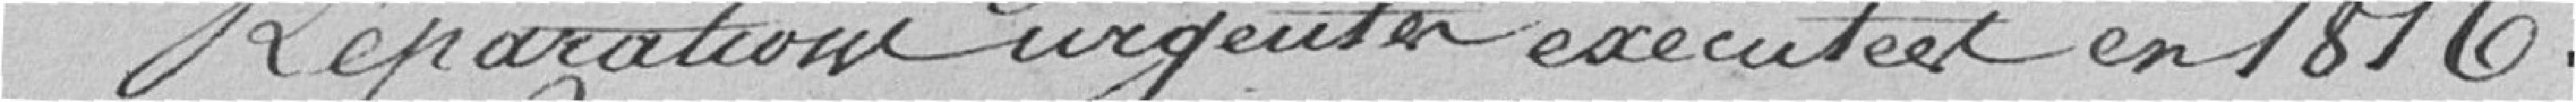
Réparation urgente exécutée en 1876